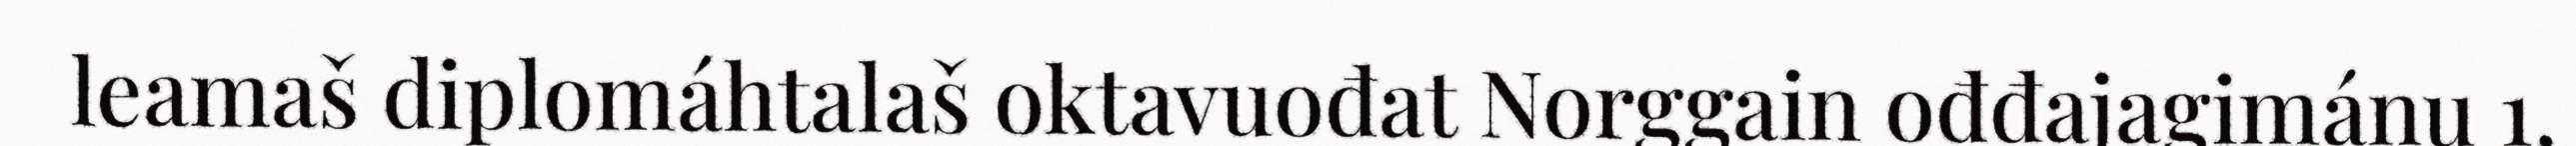
leamaš diplomáhtalaš oktavuođat Norggain ođđajagimánu 1.